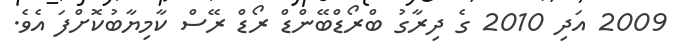
2009 އަދި 2010 ގެ ދިރާގު ބްރޯޑްބޭންޑް ރޯޑް ރޭސް ކާމިޔާބުކޮށްފަ އެވެ.